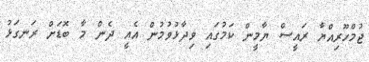
ޖުމްހޫރިއްޔާ ރައީސް ޔާމީން ކަމުގައި ވިދާޅުވުމުން އެއީ ދެން މާ ބޮޑަށް ރަނގަޅު